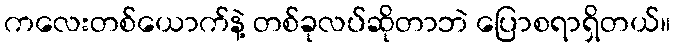
ကလေးတစ်ယောက်နဲ့ တစ်ခုလပ်ဆိုတာဘဲ ပြောစရာရှိတယ်။